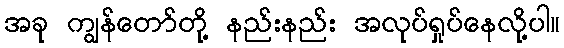
အခု ကျွန်တော်တို့ နည်းနည်း အလုပ်ရှုပ်နေလို့ပါ။